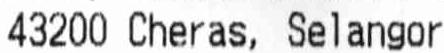
43200 CHERAS, SELANGOR